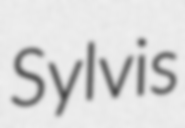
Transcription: Sylvis